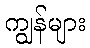
ကျွန်များ